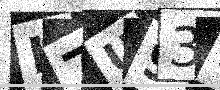
Text: I7U93I